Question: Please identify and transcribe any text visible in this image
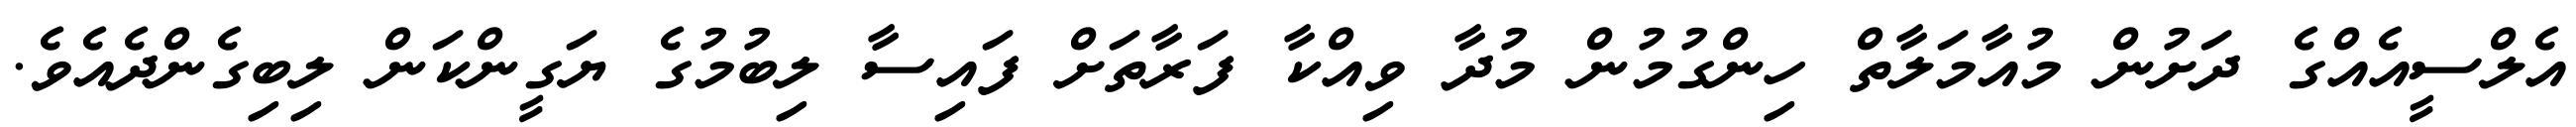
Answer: އެލްސީއެއްގެ ދަށުން މުއާމަލާތް ހިންގުމުން މުދާ ވިއްކާ ފަރާތަށް ފައިސާ ލިބުމުގެ ޔަގީންކަން ލިބިގެންދެއެވެ.